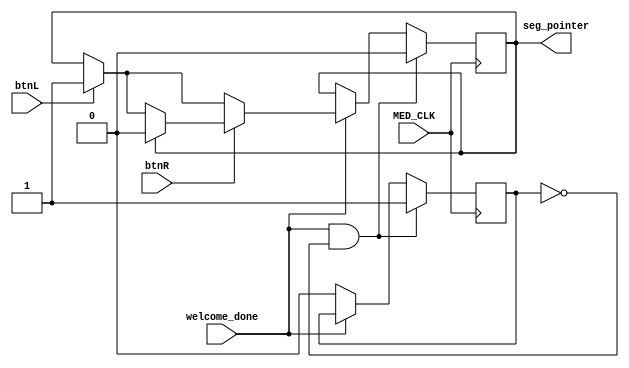
`timescale 1ns / 1ps


module button_LR_push(input MED_CLK, btnL, btnR, welcome_done, output reg  seg_pointer = 0);
    reg reset = 0;
   always@(posedge MED_CLK) begin
       if (welcome_done && reset == 0) begin
            seg_pointer <= 0;
            reset <= 1;
       end
       else if (welcome_done) begin

            if (btnL) begin
                if(seg_pointer == 0)
                    seg_pointer <= 1;
            end
            if (btnR) begin
                if (seg_pointer == 1)
                    seg_pointer <= 0;
            end
       end
       else
            reset <= 0;
    end
endmodule